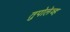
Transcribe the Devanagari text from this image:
तुपोलेव्ह